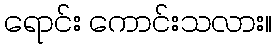
ရောင်း ကောင်းသလား။